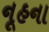
નૂહના